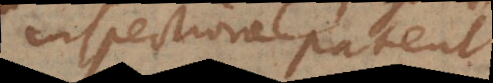
inspectione patent.